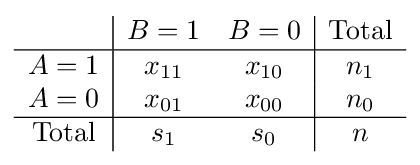
{\begin{array}{c|cc|c}&B=1&B=0&{\mbox{Total}}\\\hline A=1&x_{11}&x_{10}&n_{1}\\A=0&x_{01}&x_{00}&n_{0}\\\hline {\mbox{Total}}&s_{1}&s_{0}&n\\\end{array}}